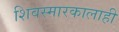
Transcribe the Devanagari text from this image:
शिवस्मारकालाही